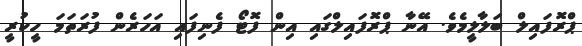
ޕްރޮފައިލް ބަލާލީމެވެ. އޭނާ ޕްރޮފައިލްގައި އިިން ފޮޓޯ ފެނިފައި އަހަރެން ފުރަތަމަ ހީކުރީ